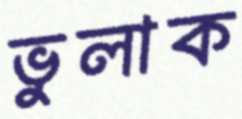
ভুলাক